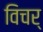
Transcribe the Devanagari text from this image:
विचर्